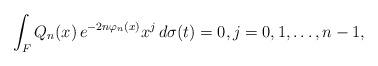
LaTeX: \begin{align*}\int_F Q_n(x)\, e^{-2n \varphi_n(x)}x^j \,d\sigma(t) = 0 , j = 0,1, \dots, n-1 ,\end{align*}